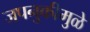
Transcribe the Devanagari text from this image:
जपनुकीमुळे